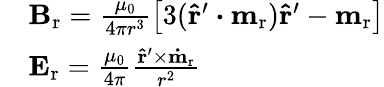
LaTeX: \begin{array}{rl}&{\mathbf{B}_{\mathrm{r}}=\frac{\mu_{0}}{4\pi r^{3}}\left[3(\mathbf{\hat{r}^{\prime}}\boldsymbol{\cdot}\mathbf{m}_{\mathrm{r}})\mathbf{\hat{r}^{\prime}}-\mathbf{m}_{\mathrm{r}}\right]}\\ &{\mathbf{E}_{\mathrm{r}}=\frac{\mu_{0}}{4\pi}\frac{\mathbf{\hat{r}^{\prime}}\times\mathbf{\dot{m}_{\mathrm{r}}}}{r^{2}}}\end{array}